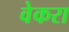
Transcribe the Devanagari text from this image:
वेकरा